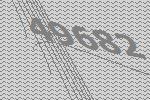
49682